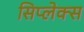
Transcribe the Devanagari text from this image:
सिप्लेक्स